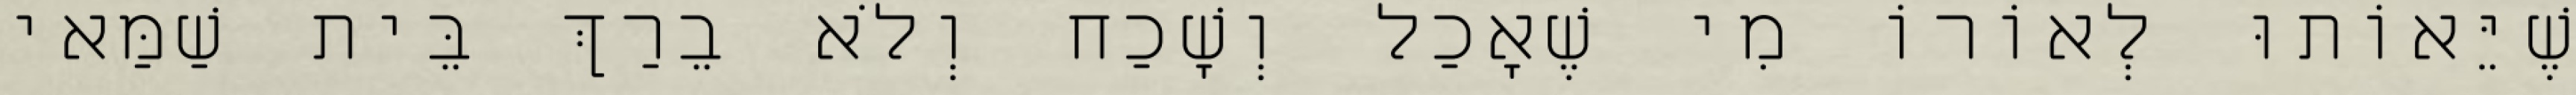
שֶׁיֵּאוֹתוּ לְאוֹרוֹ מִי שֶׁאָכַל וְשָׁכַח וְלֹא בֵרַךְ בֵּית שַׁמַּאי